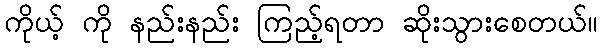
ကိုယ့် ကို နည်းနည်း ကြည့်ရတာ ဆိုးသွားစေတယ်။